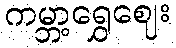
ကမ္ဘာ့ရွှေဈေး